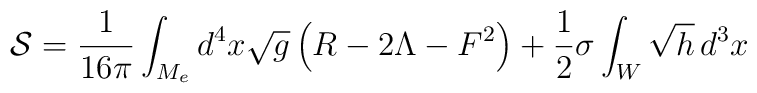
{\cal S} = \frac{1}{16\pi} \int_{M_{e}} d^{4}x \sqrt{g} \left(R - 2\Lambda -F^{2}\right) + \frac{1}{2} \sigma \int_W \sqrt{h} \,d^{3}x